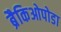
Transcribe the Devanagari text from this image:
ब्रैकिओपोडा